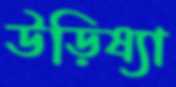
উড়িষ্যা